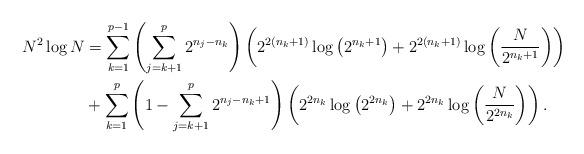
LaTeX: \begin{align*}N^{2} \log N & =\sum_{k=1}^{p-1}\left(\sum_{j=k+1}^{p}2^{n_{j}-n_{k}}\right) \left(2^{2(n_{k}+1)} \log\left(2^{n_{k}+1}\right)+2^{2(n_{k}+1)} \log\left(\frac{N}{2^{n_{k}+1}}\right)\right)\\ & +\sum_{k=1}^{p}\left(1-\sum_{j=k+1}^{p} 2^{n_{j}-n_{k}+1}\right)\left(2^{2n_{k}}\log \left(2^{2n_{k}}\right)+2^{2n_{k}} \log\left(\frac{N}{2^{2n_{k}}}\right)\right).\end{align*}